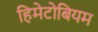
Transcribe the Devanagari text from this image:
हिमेटोबियम